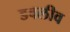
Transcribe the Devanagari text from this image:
डबलीव